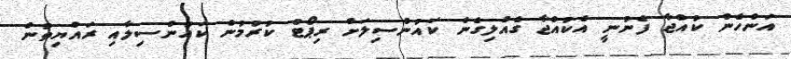
އަންހެން ކުއްޖާ ފެނުނީ އެކުއްޖާ ގެއްލިގެން ކައުންސިލަށް ރިޕޯޓް ކުރުމުން ކައުންސިލާއި ރައްޔިތުން